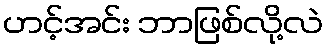
ဟင့်အင်း ဘာဖြစ်လို့လဲ